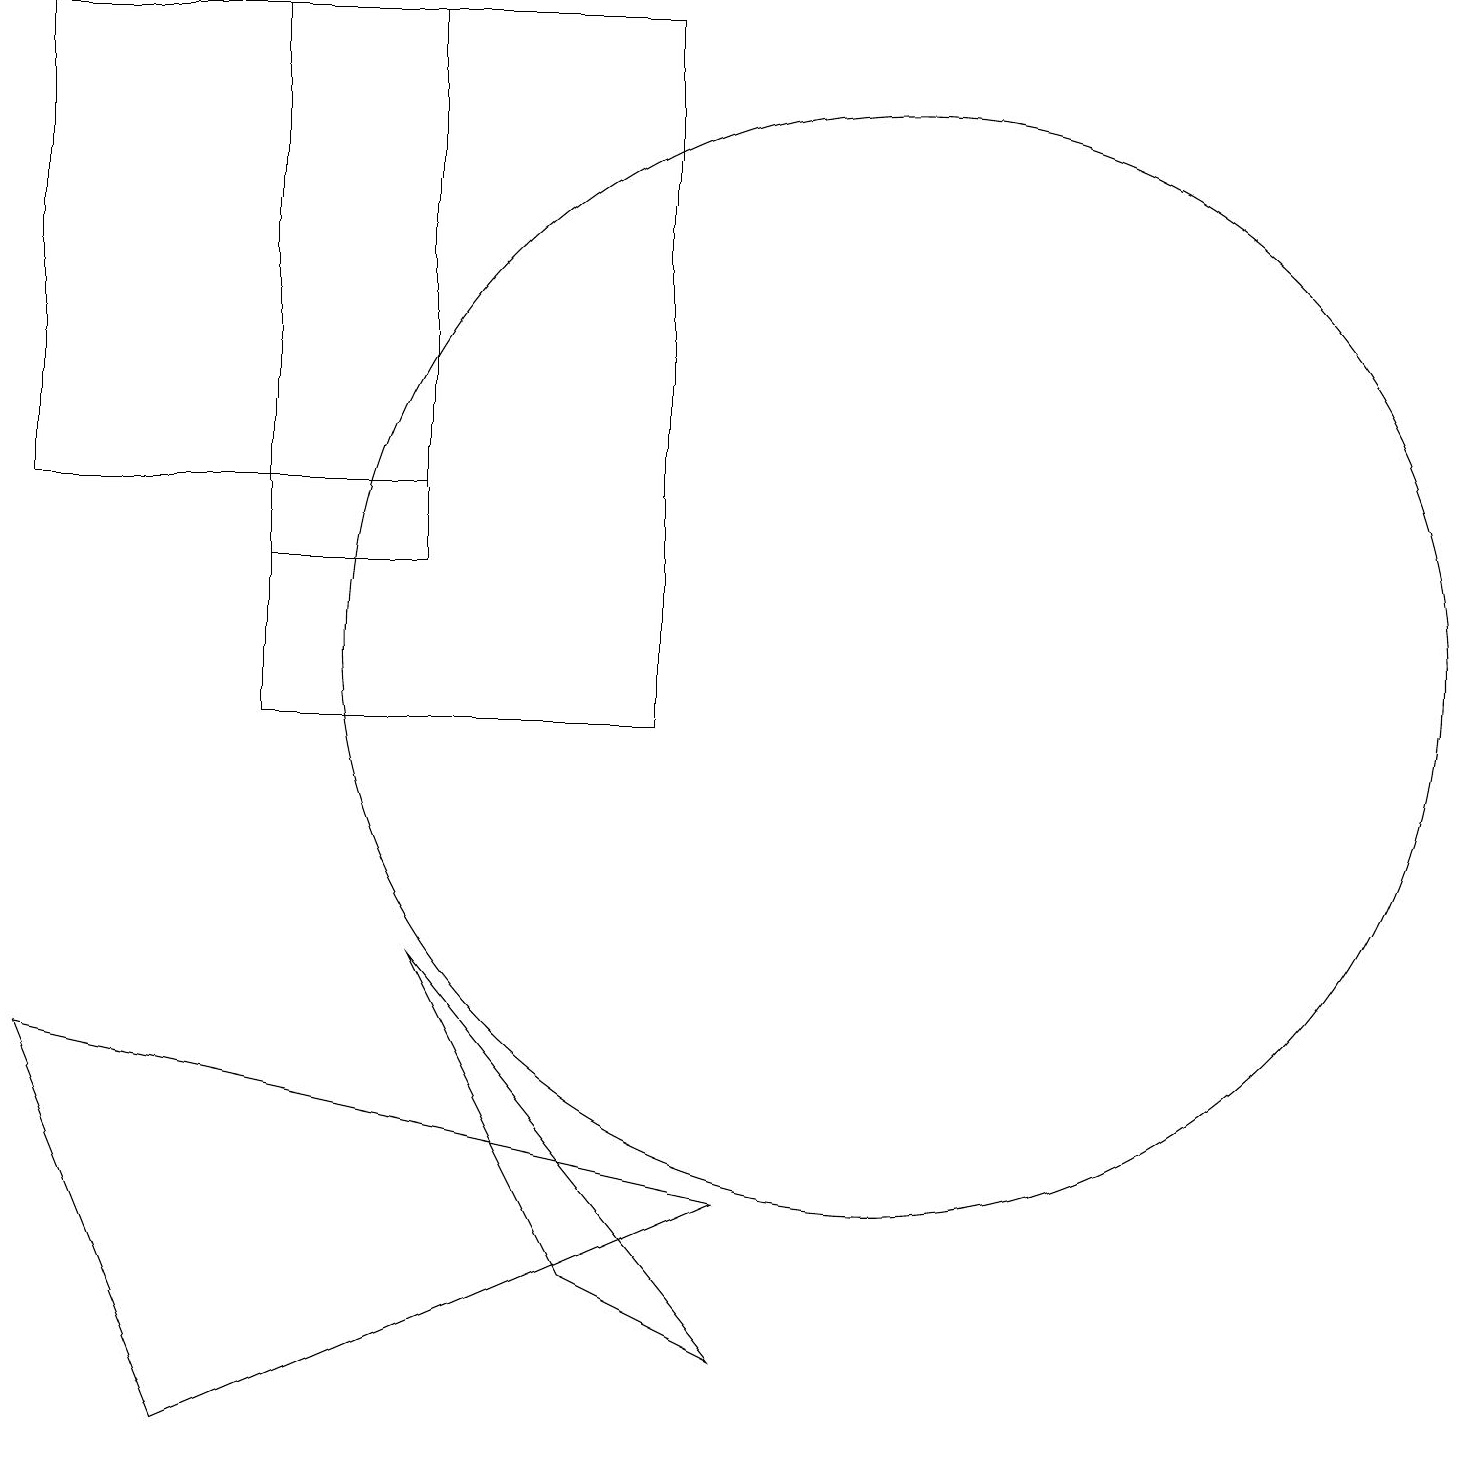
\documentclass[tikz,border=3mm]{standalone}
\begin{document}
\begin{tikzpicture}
\draw (8,10) rectangle (3,19);
\draw (11,11) circle (7);
\draw (9,4) -- (2,1) -- (0,6) -- cycle;
\draw (0,19) rectangle (5,13);
\draw (5,7) -- (7,3) -- (9,2) -- cycle;
\draw (3,12) rectangle (5,13);
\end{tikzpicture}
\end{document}